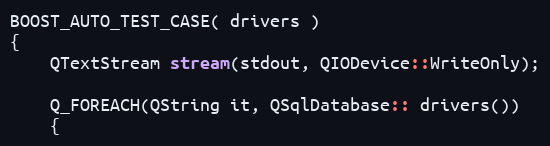
Language: C++
BOOST_AUTO_TEST_CASE( drivers )
{
    QTextStream stream(stdout, QIODevice::WriteOnly);

    Q_FOREACH(QString it, QSqlDatabase:: drivers())
    {